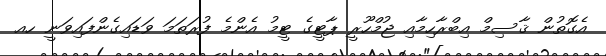
އެގޮތުން ޤާސިމް އިބްރާހިމާއި ޖުމްހޫރީ ޕާޓީގެ ޓީމު އެންމެ ފުރަތަމަ ވަޑައިގެންފައިވަނީ ހއ